Medical and sanitary report of the native army of Madras for the year
Year: 1876
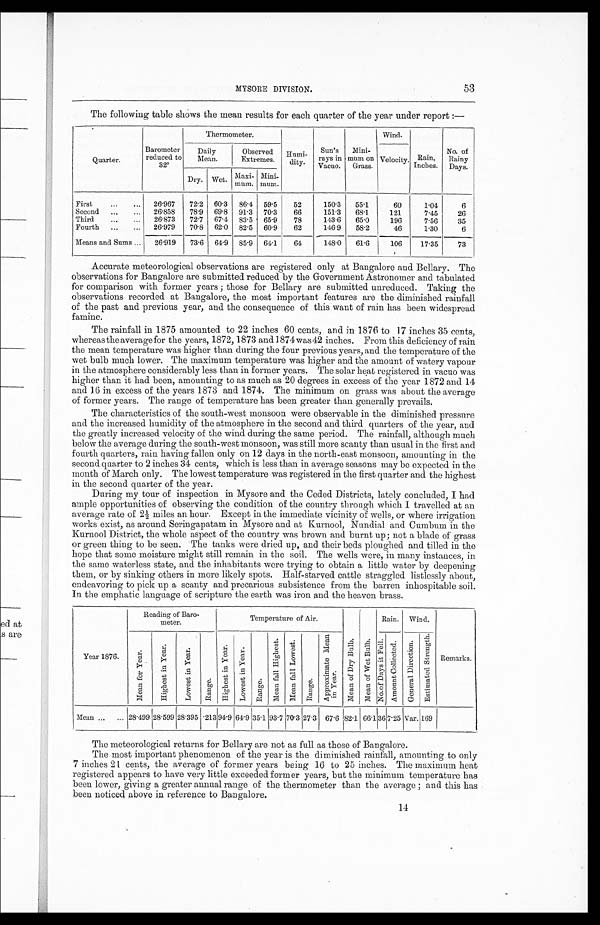
MYSORE DIVISION.
53
The following table shows the mean results for each quarter of the year under report :—
Quarter.
Barometer
reduced to
32°T
hermometer.
Humi-
dity.
Sun's
rays in
Vacuo.
Mini-
mum on
Grass.
Wind.
Rain,
Inches.
No. of
Rainy
Days.
Daily
Mean.
Observed
Extremes.
Velocity.
Dry. Wet.
Maxi-
mum.
Mini-
mum.
First
...
...
26.967
72.2 60.3
86.4 59.5
52
150.3
55.1
60
1.04
6
Second
...
...
26.858
78.9 69.8 91.3 70.3
66
151.3
68.1
121
7.45
26
Third
...
...
26.873
72.7
67.4
83.5 65.9
78
143.6
65.0
196
7.56
35
Fourth
...
...
26.979
70.8
62.0
82.5
60.9
62
146.9
58.2
46
1.30
6
Means and Sums
...
26.919
73.6
64.9
85.9 64.1
64
148.0
61.6
106
17.35
73
Accurate meteorological observations are registered only at Bangalore and Bellary. The
observations for Bangalore are submitted reduced by the Government Astronomer and tabulated
for comparison with former years ; those for Bellary are submitted unreduced. Taking the
observations recorded at Bangalore, the most important features are the diminished rainfall
of the past and previous year, and the consequence of this want of rain has been widespread
famine.
The rainfall in 1875 amounted to 22 inches 60 cents, and in 1876 to 17 inches 35 cents,
whereas the average for the years, 1872, 1873 and 1874 was 42 inches. From this deficiency of rain
the mean temperature was higher than during the four previous years, and the temperature of the
wet bulb much lower. The maximum temperature was higher and the amount of watery vapour
in the atmosphere considerably less than in former years. The solar heat registered in vacuo was
higher than it had been, amounting to as much as 20 degrees in excess of the year 1872 and 14
and 16 in excess of the years 1873 and 1874. The minimum on grass was about the average
of former years. The range of temperature has been greater than generally prevails.
The characteristics of the south-west monsoon were observable in the diminished pressure
and the increased humidity of the atmosphere in the second and third quarters of the year, and
the greatly increased velocity of the wind during the same period. The rainfall, although much
below the average during the south-west monsoon, was still more scanty than usual in the first and
fourth quarters, rain having fallen only on 12 days in the north-east monsoon, amounting in the
second quarter to 2 inches 34 cents, which is less than in average seasons may be expected in the
month of March only. The lowest temperature was registered in the first quarter and the highest
in the second quarter of the year.
During my tour of inspection in Mysore and the Ceded Districts, lately concluded, I had
ample opportunities of observing the condition of the country through which I travelled at an
a v e r a g e r a t e o f 2 ½ mi l e s a n h o u r . Ex c e p t i n t h e i mme d i a t e v i c i n i t y o f we l l s , o r wh e r e i r r i g a t i o n
works exist, as around Seringapatam in Mysore and at Kurnool, Nundial and Cumbum in the
Kurnool District, the whole aspect of the country was brown and burnt up; not a blade of grass
or green thing to be seen. The tanks were dried up, and their beds ploughed and tilled in the
hope that some moisture might still remain in the soil. The wells were, in many instances, in
the same waterless state, and the inhabitants were trying to obtain a little water by deepening
them, or by sinking others in more likely spots. Half-starved cattle straggled listlessly about,
endeavoring to pick up a scanty and precarious subsistence from the barren inhospitable soil.
In the emphatic language of scripture the earth was iron and the heaven brass.
Year 1876.
Reading of Baro-
meter.
Temperature of Air.
M e a n o f D r y B u l b . M e a n o f W e t B u l b .
Rain. Wind.
Remarks.
M e a n f o r Y e a r .
H i g h e s t i n Y e a r .
L o w e s t i n Y e a r .
Range. H i g h e s t i n Y e a r . L o w e s t i n Y e a r . Range. M e a n f a l l H i g h e s t .
M e a n f a l l L o w e s t .
Range.
A p p r o x i m a t e M e a n i n Y e a r .
N o . o f D a y s i t f e l l .
A m o u n t c o l l e c t e d .
G e n e r a l D i r e c t i o n . E s t i m a t e d S t r e n g t h .
Mean ...
...
28.499 28.599 28.395 .213 94.9 64.9 35.1
93.7
7 0 . 3
27.3 67.6 82.1 66.1 36 7.25 Var. 169
The meteorological returns for Bellary are not as full as those of Bangalore.
The most important phenomenon of the year is the diminished rainfall, amounting to only
7 inches 21 cents, the average of former years being 16 to 25 inches. The maximum heat
registered appears to have very little exceeded former years, but the minimum temperature has
been lower, giving a greater annual range of the thermometer than the average ; and this has
been noticed above in reference to Bangalore.
14